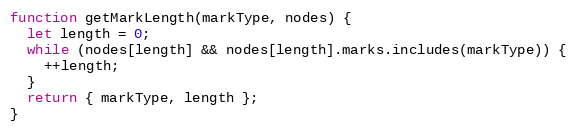
Language: JavaScript
function getMarkLength(markType, nodes) {
  let length = 0;
  while (nodes[length] && nodes[length].marks.includes(markType)) {
    ++length;
  }
  return { markType, length };
}